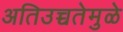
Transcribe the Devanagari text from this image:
अतिउच्चतेमुळे